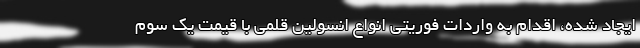
ایجاد شده، اقدام به واردات فوریتی انواع انسولین قلمی با قیمت یک سوم